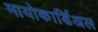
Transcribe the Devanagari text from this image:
मायोकार्डिअल